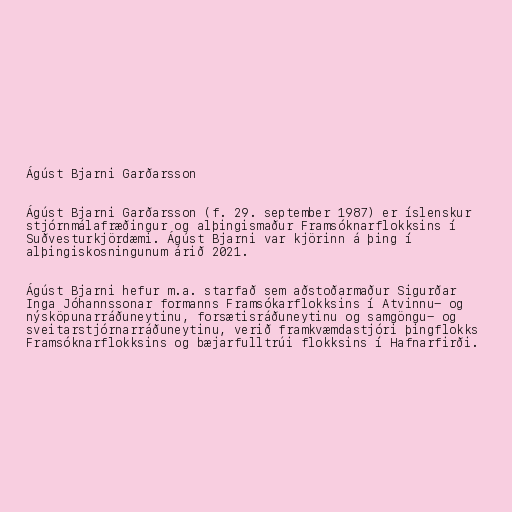
Ágúst Bjarni Garðarsson

Ágúst Bjarni Garðarsson (f. 29. september 1987) er íslenskur
stjórnmálafræðingur og alþingismaður Framsóknarflokksins í
Suðvesturkjördæmi. Ágúst Bjarni var kjörinn á þing í
alþingiskosningunum árið 2021.

Ágúst Bjarni hefur m.a. starfað sem aðstoðarmaður Sigurðar
Inga Jóhannssonar formanns Framsókarflokksins í Atvinnu- og
nýsköpunarráðuneytinu, forsætisráðuneytinu og samgöngu- og
sveitarstjórnarráðuneytinu, verið framkvæmdastjóri þingflokks
Framsóknarflokksins og bæjarfulltrúi flokksins í Hafnarfirði.